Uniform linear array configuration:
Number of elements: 24
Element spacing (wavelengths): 1
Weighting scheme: blackman
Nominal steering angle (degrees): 15
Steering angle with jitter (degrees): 15.926
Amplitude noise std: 0.05
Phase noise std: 0.05

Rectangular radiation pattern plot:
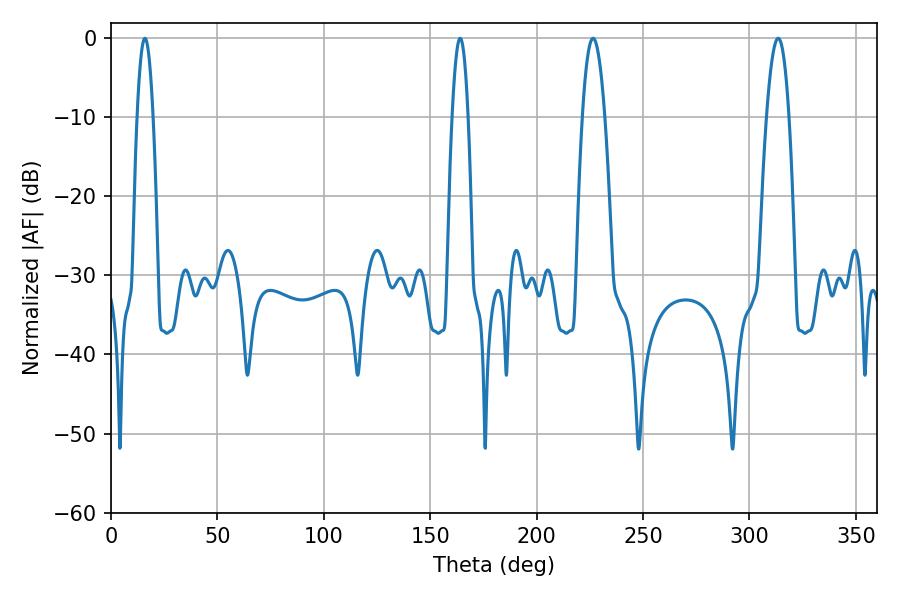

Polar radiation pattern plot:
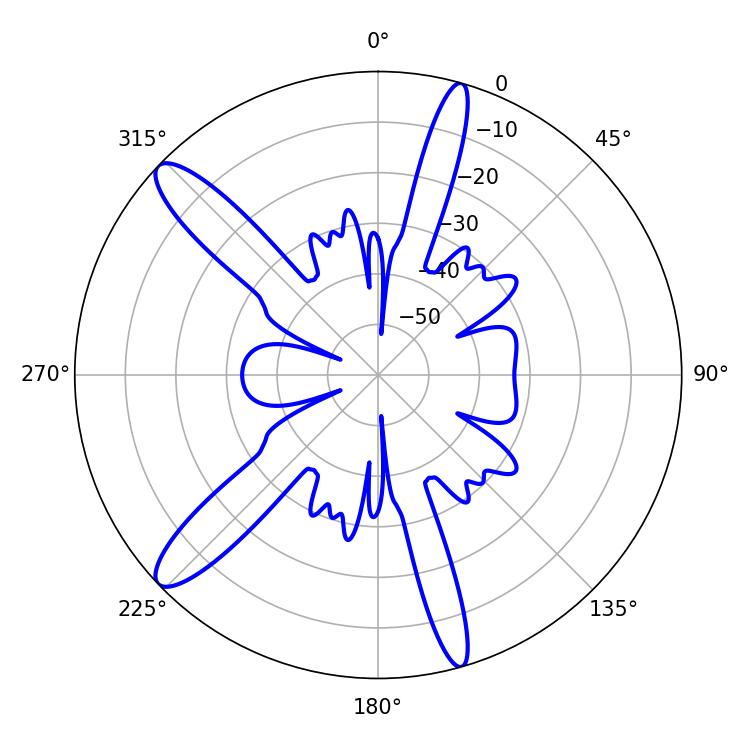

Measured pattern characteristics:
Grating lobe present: TRUE
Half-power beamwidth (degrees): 5.76
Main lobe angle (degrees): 226.44